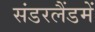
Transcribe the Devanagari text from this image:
संडरलैंडमें